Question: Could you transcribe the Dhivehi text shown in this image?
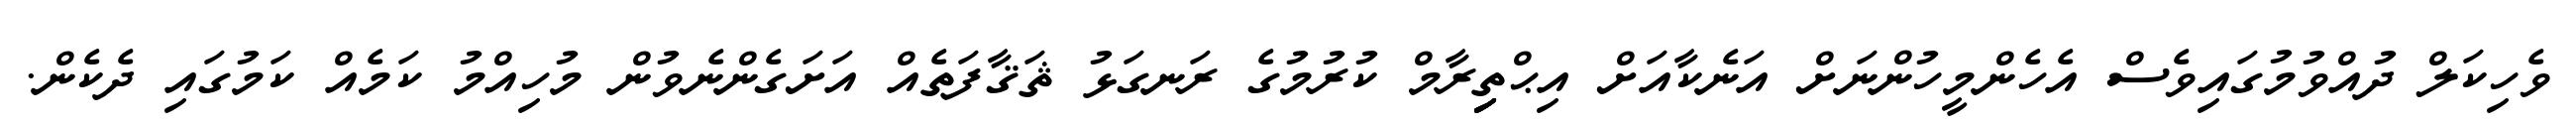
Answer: ވެހިކަލް ދުއްވުމުގައިވެސް އެހެންމީހުންނަށް އަނެކާއަށް އިޙްތިިިިިިރާމް ކުރުމުގެ ރަނގަޅު ޘަޤާފަތެއް އަށަގެންނެވުން މުހިއްމު ކަމެއް ކަމުގައި ދެކެން.